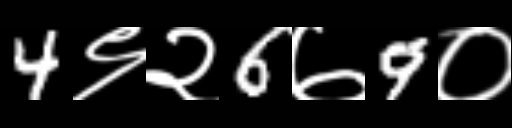
Text: 4९२6७9०